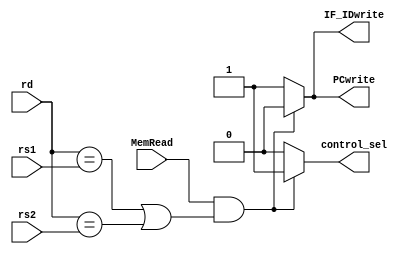
`timescale 1ns / 1ps
//////////////////////////////////////////////////////////////////////////////////
// Company: 
// Engineer: 
// 
// Design Name: 
// Module Name: hazard_detection
// Project Name: 
// Target Devices: 
// Tool Versions: 
// Description: 
// 
// Dependencies: 
// 
// Revision:
// Revision 0.01 - File Created
// Additional Comments:
// 
//////////////////////////////////////////////////////////////////////////////////


module hazard_detection(input [4:0] rd,
                        input [4:0] rs1,
                        input [4:0] rs2,
                        input MemRead,
                        output reg PCwrite,
                        output reg IF_IDwrite,
                        output reg control_sel);
                        
always@(*) begin
    if(MemRead && ((rd==rs1) || (rd==rs2))) begin
        PCwrite <= 1'b0;
        IF_IDwrite <= 1'b0;
        control_sel <= 1'b1;
    end
    else begin
        PCwrite <= 1'b1;
        IF_IDwrite <= 1'b1;
        control_sel <= 1'b0;
    end
end

endmodule